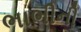
ભાભીની